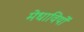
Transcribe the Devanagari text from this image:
मेधावियों